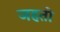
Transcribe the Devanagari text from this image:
जहती